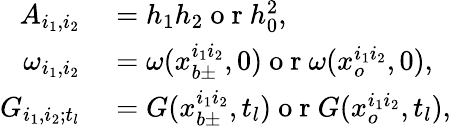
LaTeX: \begin{array}{rl}{A_{i_{1},i_{2}}}&{{}=h_{1}h_{2}\mathrm{~o~r~}h_{0}^{2},}\\ {\omega_{i_{1},i_{2}}}&{{}=\omega(x_{b\pm}^{i_{1}i_{2}},0)\mathrm{~o~r~}\omega(x_{o}^{i_{1}i_{2}},0),}\\ {G_{i_{1},i_{2};t_{l}}}&{{}=G(x_{b\pm}^{i_{1}i_{2}},t_{l})\mathrm{~o~r~}G(x_{o}^{i_{1}i_{2}},t_{l}),}\end{array}